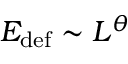
E _ { \mathrm { d e f } } \sim L ^ { \theta }